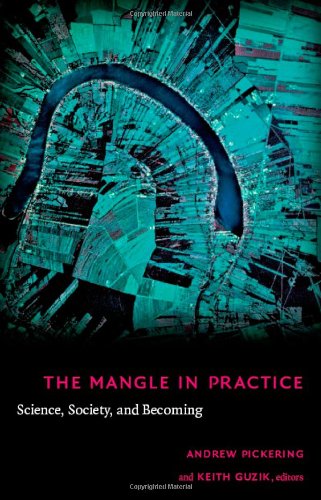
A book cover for The Mangle in Practice: Science, Society, and Becoming (Science and Cultural Theory); Science & Math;